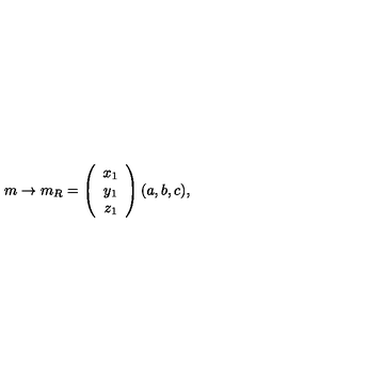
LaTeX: m \rightarrow m _ { R } = \left( \begin{array} { c } { x _ { 1 } } \\ { y _ { 1 } } \\ { z _ { 1 } } \\ \end{array} \right) ( a , b , c ) ,